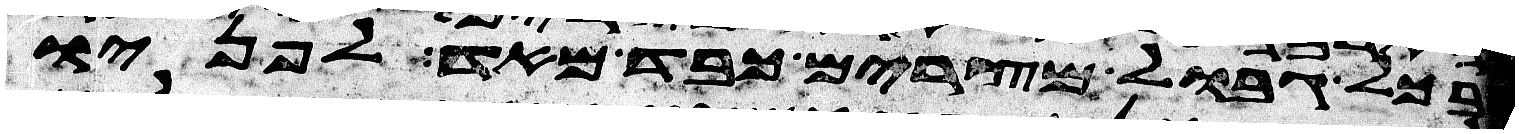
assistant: בכל גבול מצרים כבד מאד לפניו